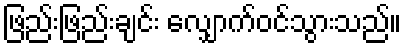
ဖြည်းဖြည်းချင်း လျှောက်ဝင်သွားသည်။